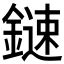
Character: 𨫩